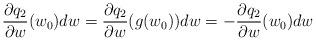
LaTeX: \begin{align*} \frac{\partial q_2}{\partial w}(w_0)dw = \frac{\partial q_2}{\partial w}(g(w_0))dw =-\frac{\partial q_2}{\partial w}(w_0) dw \end{align*}